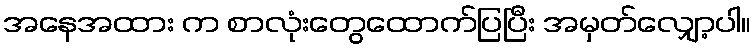
အနေအထား က စာလုံးတွေထောက်ပြပြီး အမှတ်လျှော့ပါ။